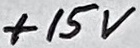
Text: +15V